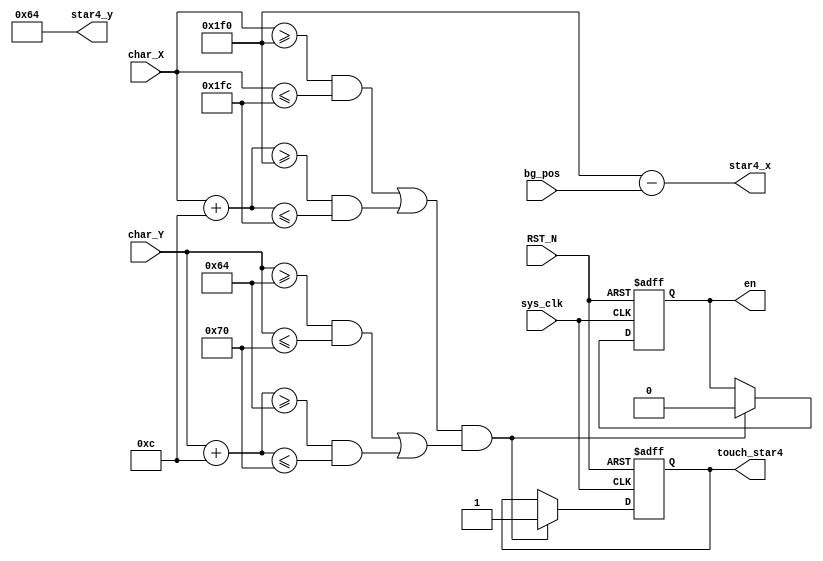
`timescale 1ns / 1ps

module STAR4(input sys_clk,
	input  [9:0] char_X,
	input  [9:0] char_Y,
	input  [9:0] bg_pos,
	input RST_N,
    output wire [9:0] star4_x,
    output wire [9:0] star4_y,
    output touch_star4,
    output  en
);
  reg [9:0] star4_x_r = 10'd496;
  reg [9:0] star4_y_r = 10'd100;
  reg enable = 1'b1;
  reg touch;
  assign star4_x = star4_x_r - bg_pos;
  assign star4_y = star4_y_r;
  assign touch_star4 = touch;
  assign en = enable;
  
  always@(posedge sys_clk or negedge RST_N)
    begin
      if(!RST_N)
        begin
          enable <= 1'b1;
          touch <= 1'b0;
        end
      else if( ((((char_X >= star4_x_r) && (char_X <= star4_x_r + 10'd12)) || ((char_X + 10'd12 >= star4_x_r) && (char_X + 10'd12 <= star4_x_r + 10'd12)))) & ((((char_Y >= star4_y_r) && (char_Y <= star4_y_r + 10'd12)) || ((char_Y + 10'd12 >= star4_y_r) && (char_Y + 10'd12 <= star4_y_r + 10'd12)))) ) 
        begin 
          enable <= 1'b0;
          touch <= 1'b1;
        end
      else
        touch <= touch;
    end
    
endmodule